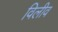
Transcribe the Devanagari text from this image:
विलीव